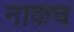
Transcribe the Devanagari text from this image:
नाकच